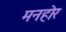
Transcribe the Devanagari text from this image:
मनहोर